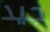
جيد